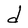
Character: d